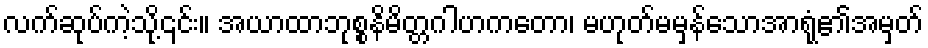
လက်ဆုပ်ကဲ့သို့၎င်း။ အယာထာဘုစ္စနိမိတ္တဂါဟကတော၊ မဟုတ်မမှန်သောအာရုံ၏အမှတ်